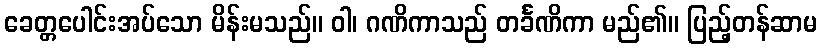
ခေတ္တပေါင်းအပ်သော မိန်းမသည်။ ဝါ၊ ဂဏိကာသည် တင်္ခဏိကာ မည်၏။ ပြည့်တန်ဆာမ